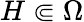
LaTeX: H\Subset\Omega